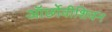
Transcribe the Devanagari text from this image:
ऑर्छोवीशियन